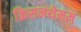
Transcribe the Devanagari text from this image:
क्रिसनथेमम